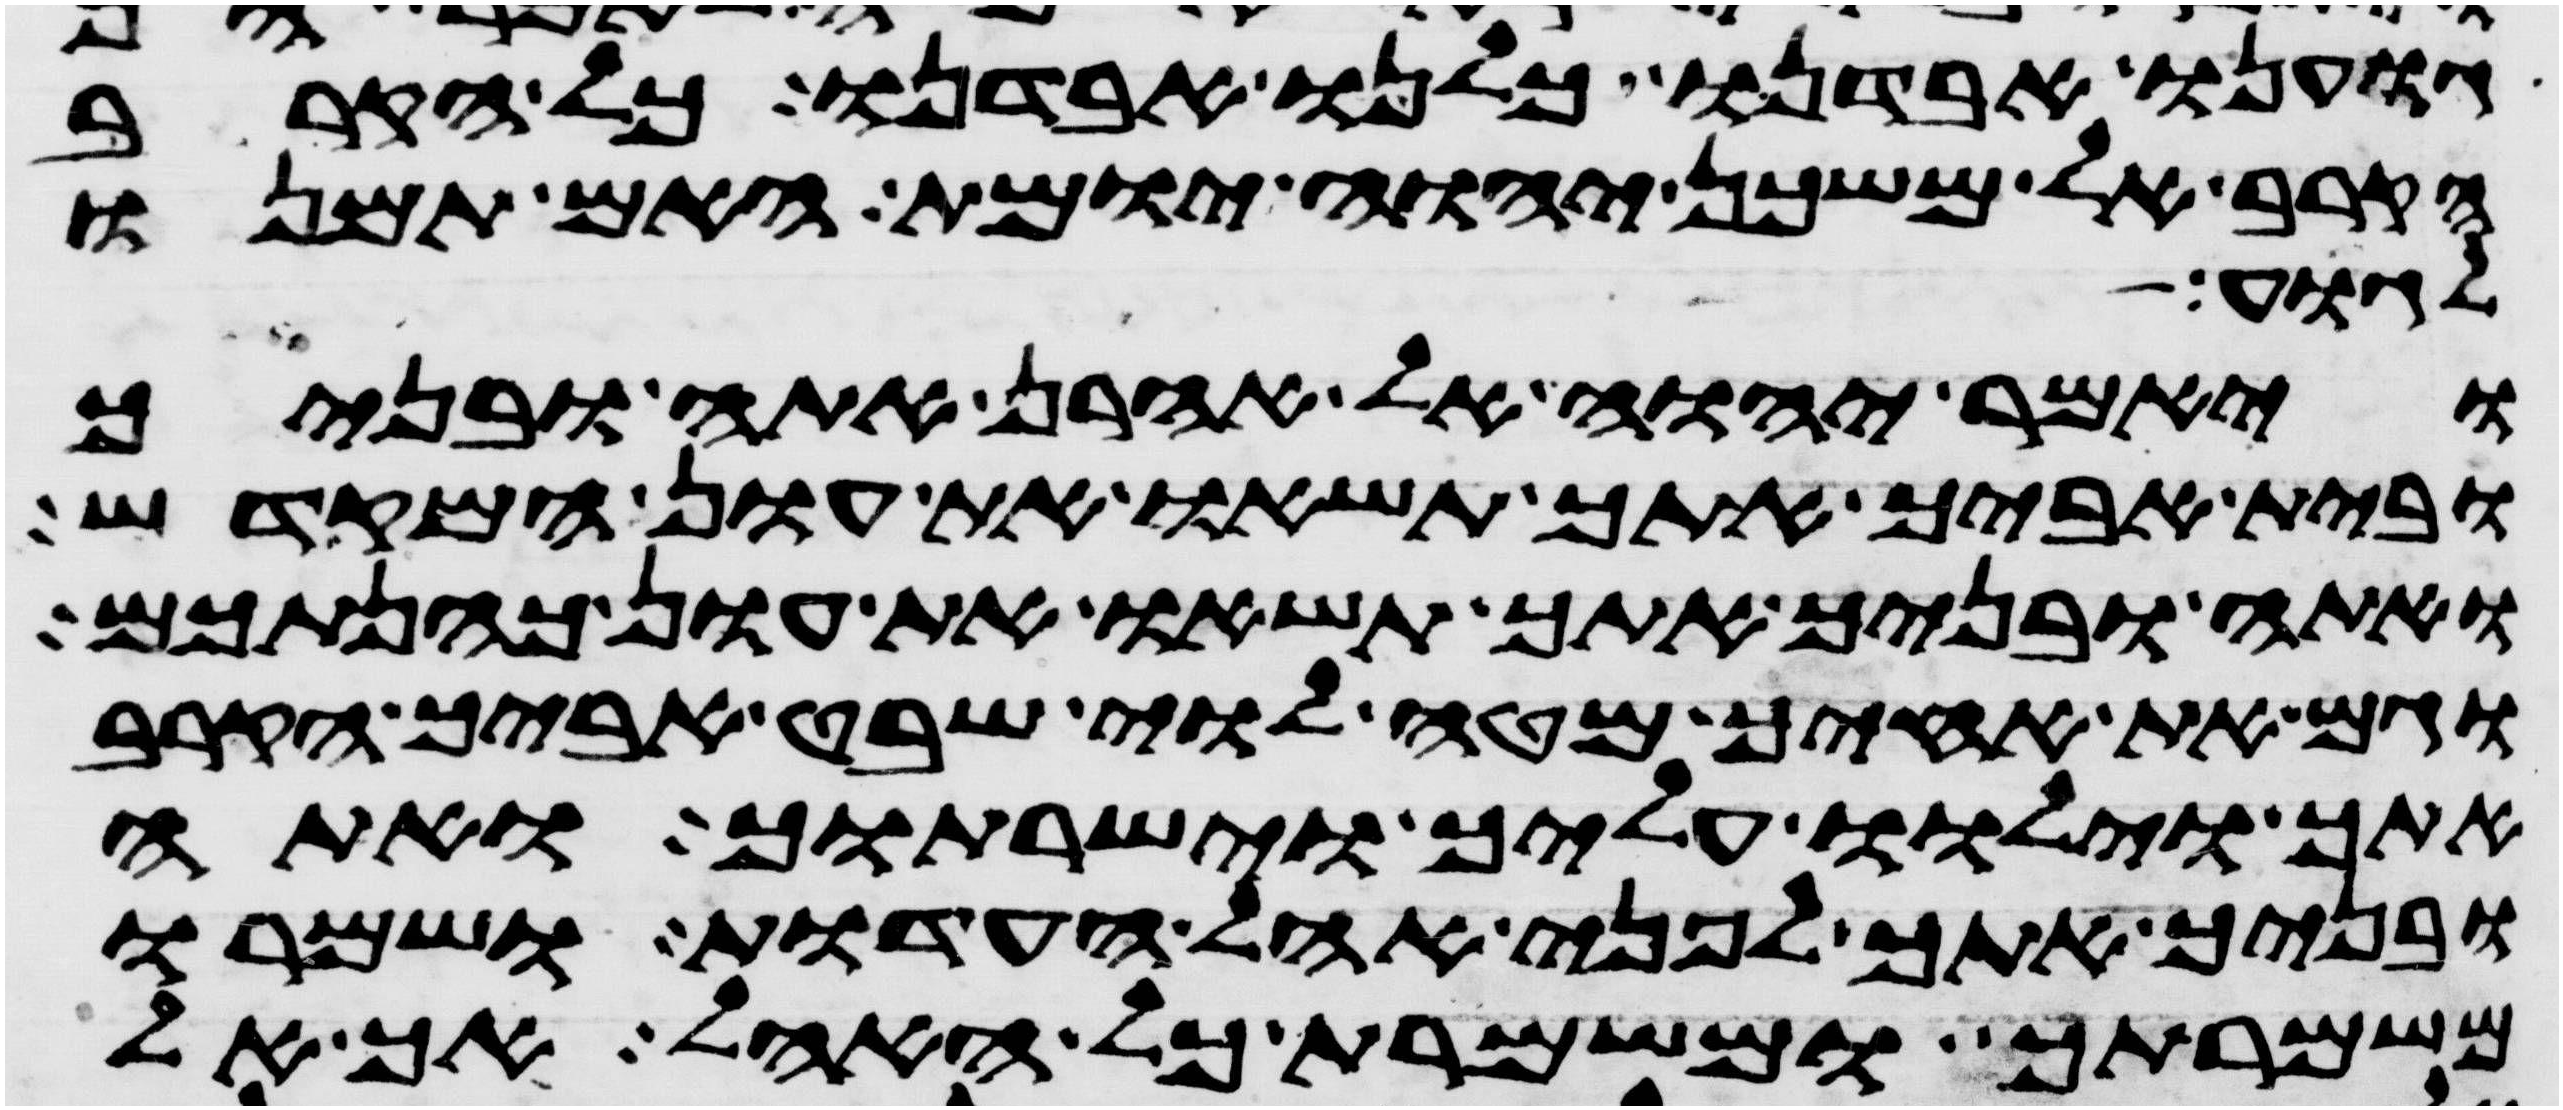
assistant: גוענו אבדנו כלנו אבדנו כל הקרוב
הקרב אל משכן יהוה יומת האם תמנו
לגוע
ויאמר יהוה אל אהרן אתה ובניך
ובית אביך אתך תשאו את עון המקדש
ואתה ובניך אתך תשאו את עון כהנתכם
וגם את אחיך מטה לוי שבט אביך הקריב
אתך וילוו עליך וישרתוך ואתה
ובניך אתך לפני אהל העדות ושמרו
משמרתך ומשמרת כל האהל אך אל